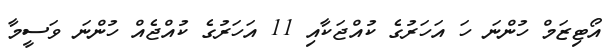
އޯޓިޒަމް ހުންނަ ހަ އަހަރުގެ ކުއްޖަކާއި 11 އަހަރުގެ ކުއްޖެއް ހުންނަަ ވަސީމާ